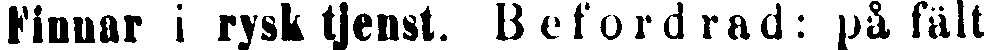
Finnar i rysk tjenst. Befordrad: på fält